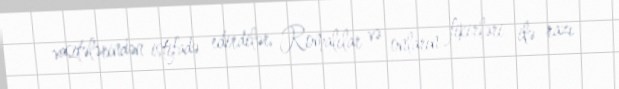
vasitələrindən istifadə edirdilər, Romalılar və onların fikirləri ilə razı